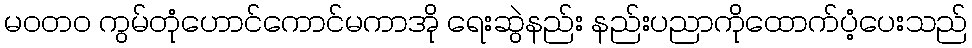
မဝတ၀ ကွမ်တုံဟောင်ကောင်မကာအို ရေးဆွဲနည်း နည်းပညာကိုထောက်ပံ့ပေးသည်